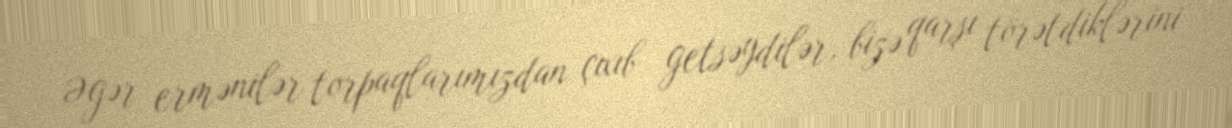
Əgər ermənilər torpaqlarımızdan çıxıb getsəydilər, bizə qarşı törətdiklərini